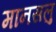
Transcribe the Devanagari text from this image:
मानसलु